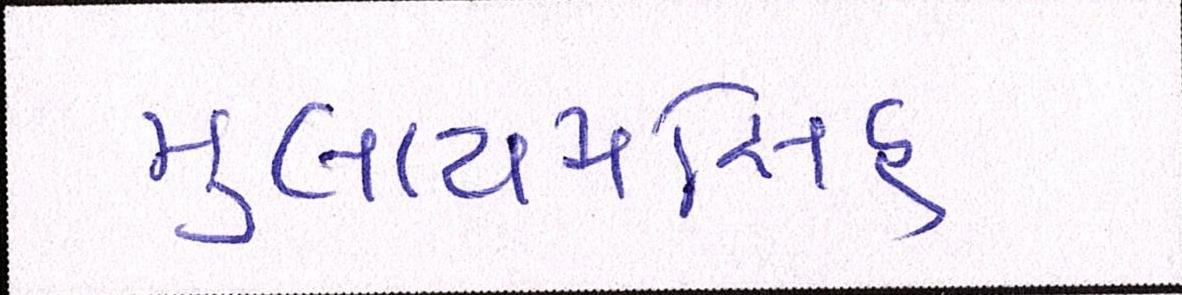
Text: મુલાયમિંસહ